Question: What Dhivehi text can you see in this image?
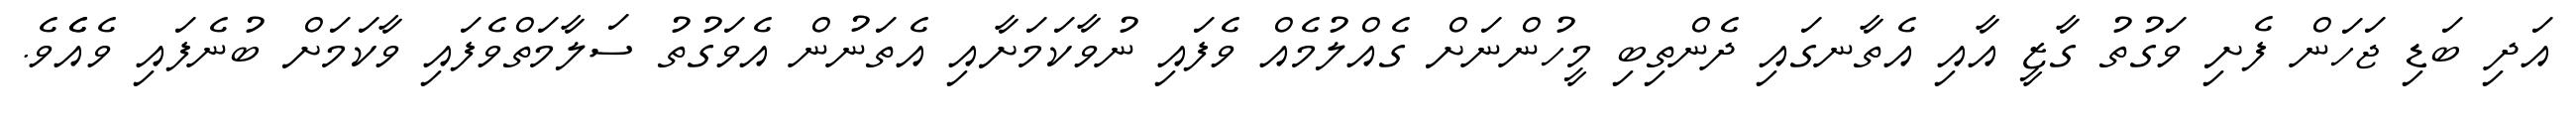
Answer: އަދި ބަޑި ޖަހަން ފެށި ވަގުތު ގާޒީ އާއި އެތާނގައި ދެންތިބި މީހުންނަށް ގެއްލުމެއް ވެފައި ނުވާކަމަށާއި އެތަނުން އެވަގުތު ސަލާމަތްވެފައި ވާކަމަށް ބުނެފައި ވެއެެވެ.